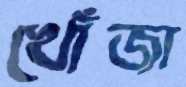
খোঁজা